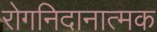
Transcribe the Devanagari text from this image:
रोगनिदानात्मक